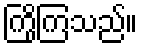
ကြိုကြသည်။